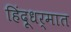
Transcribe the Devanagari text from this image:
हिंदूधर्मात